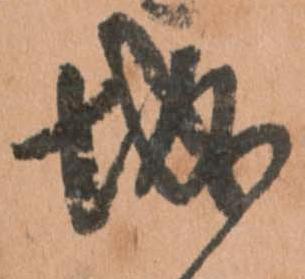
城